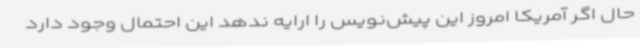
حال اگر آمریکا امروز این پیش‌نویس را ارایه ندهد این احتمال وجود دارد